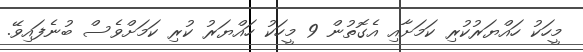
މީހަކު ހައްޔަރުކުރި ކަމަށާއި އެގޮތުން 9 މީހަކު ހައްޔަރު ކުރި ކަމަށްވެސް ބުނެފައިވޭ.